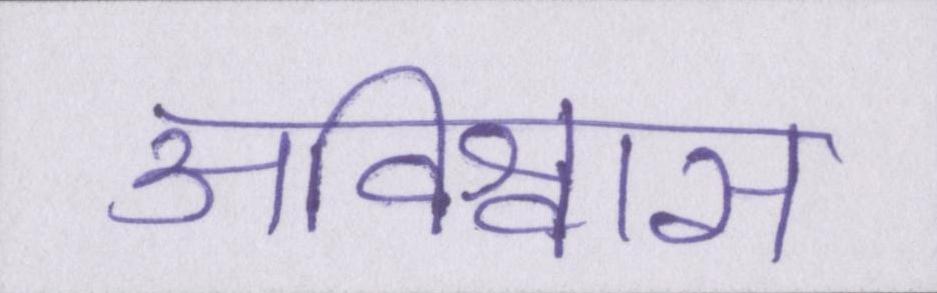
अविश्वास